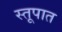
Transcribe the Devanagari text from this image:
स्तूपात